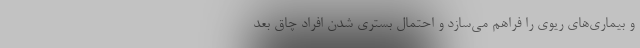
و بیماری‌های ریوی را فراهم می‌سازد و احتمال بستری شدن افراد چاق بعد